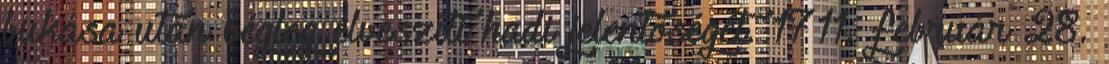
bukása után végleg elveszíti hadi jelentőségét. 1711. február 28.